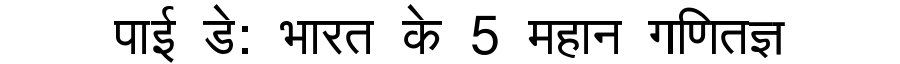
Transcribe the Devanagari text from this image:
पाई डे: भारत के 5 महान गणितज्ञ